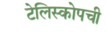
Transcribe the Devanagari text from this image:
टेलिस्कोपची